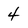
Character: 4